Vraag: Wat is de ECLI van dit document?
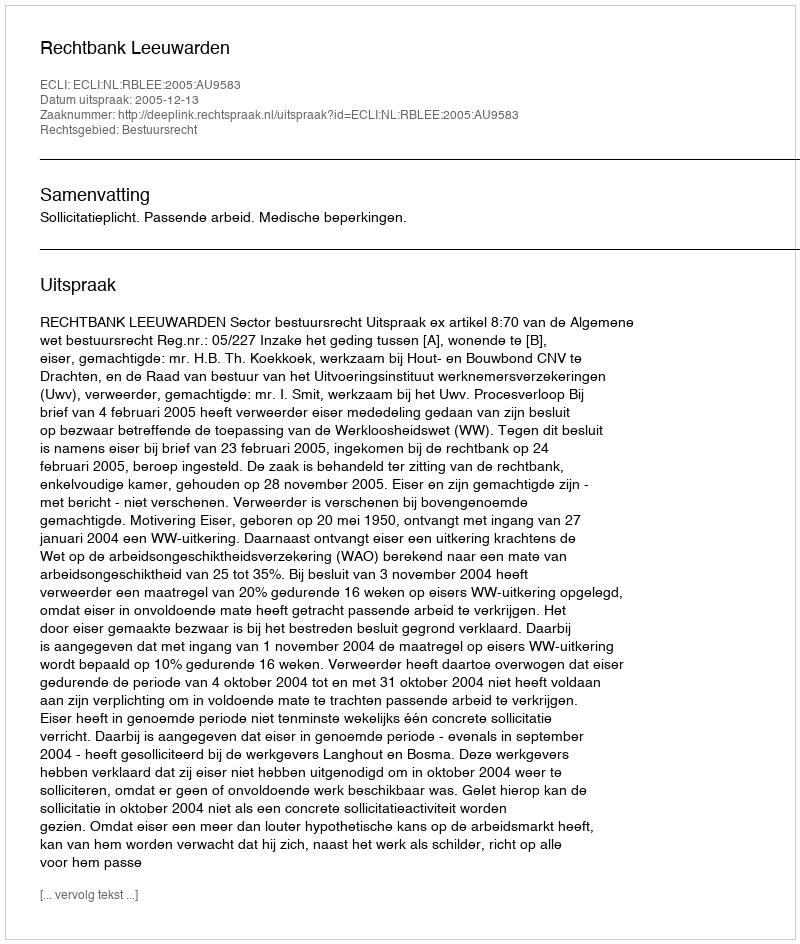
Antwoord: ECLI:NL:RBLEE:2005:AU9583